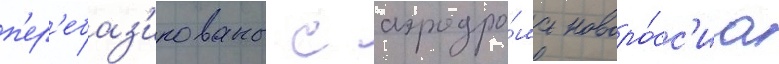
п'ер'ебаз'ированы с аэродро́ма новоро́сс'иа